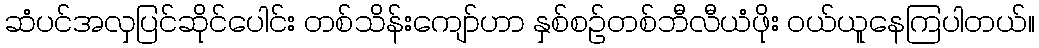
ဆံပင်အလှပြင်ဆိုင်ပေါင်း တစ်သိန်းကျော်ဟာ နှစ်စဉ်တစ်ဘီလီယံဖိုး ဝယ်ယူနေကြပါတယ်။